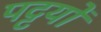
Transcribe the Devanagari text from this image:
पट्टयों